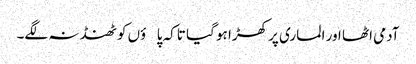
آدمی اٹھا اور الماری پر کھڑا ہو گیا تاکہ پاؤں کو ٹھنڈ نہ لگے۔